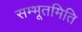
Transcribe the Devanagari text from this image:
सम्भूतमिति